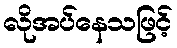
လိုအပ်နေသဖြင့်